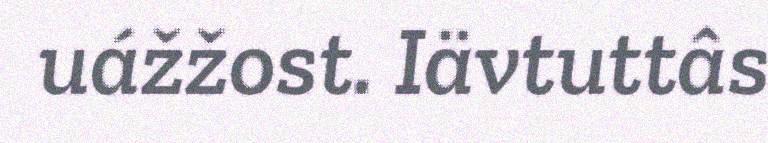
uážžost. Iävtuttâs